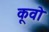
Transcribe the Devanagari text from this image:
कूवो